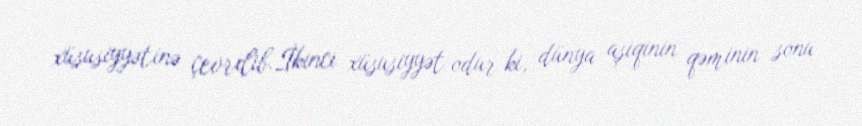
xüsusiyyətinə çevrilib.İkinci xüsusiyyət odur ki, dünya aşiqinin qəminin sonu